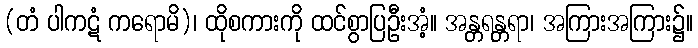
(တံ ပါကဋံ ကရောမိ)၊ ထိုစကားကို ထင်စွာပြဦးအံ့။ အန္တရန္တရာ၊ အကြားအကြား၌။